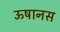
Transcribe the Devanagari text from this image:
ऊषानस